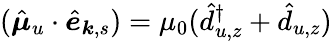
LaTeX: (\hat{\boldsymbol\mu}_{u}\cdot\hat{\boldsymbol e}_{{\boldsymbol k},{s}})=\mu_{0}(\hat{d}_{u,z}^{\dagger}+\hat{d}_{u,z})